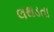
લથડતા